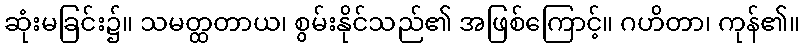
ဆုံးမခြင်း၌။ သမတ္ထတာယ၊ စွမ်းနိုင်သည်၏ အဖြစ်ကြောင့်။ ဂဟိတာ၊ ကုန်၏။